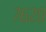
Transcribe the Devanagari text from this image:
७६२०